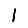
Digit: 1